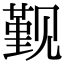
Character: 觐